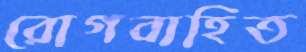
রোগবাহিত